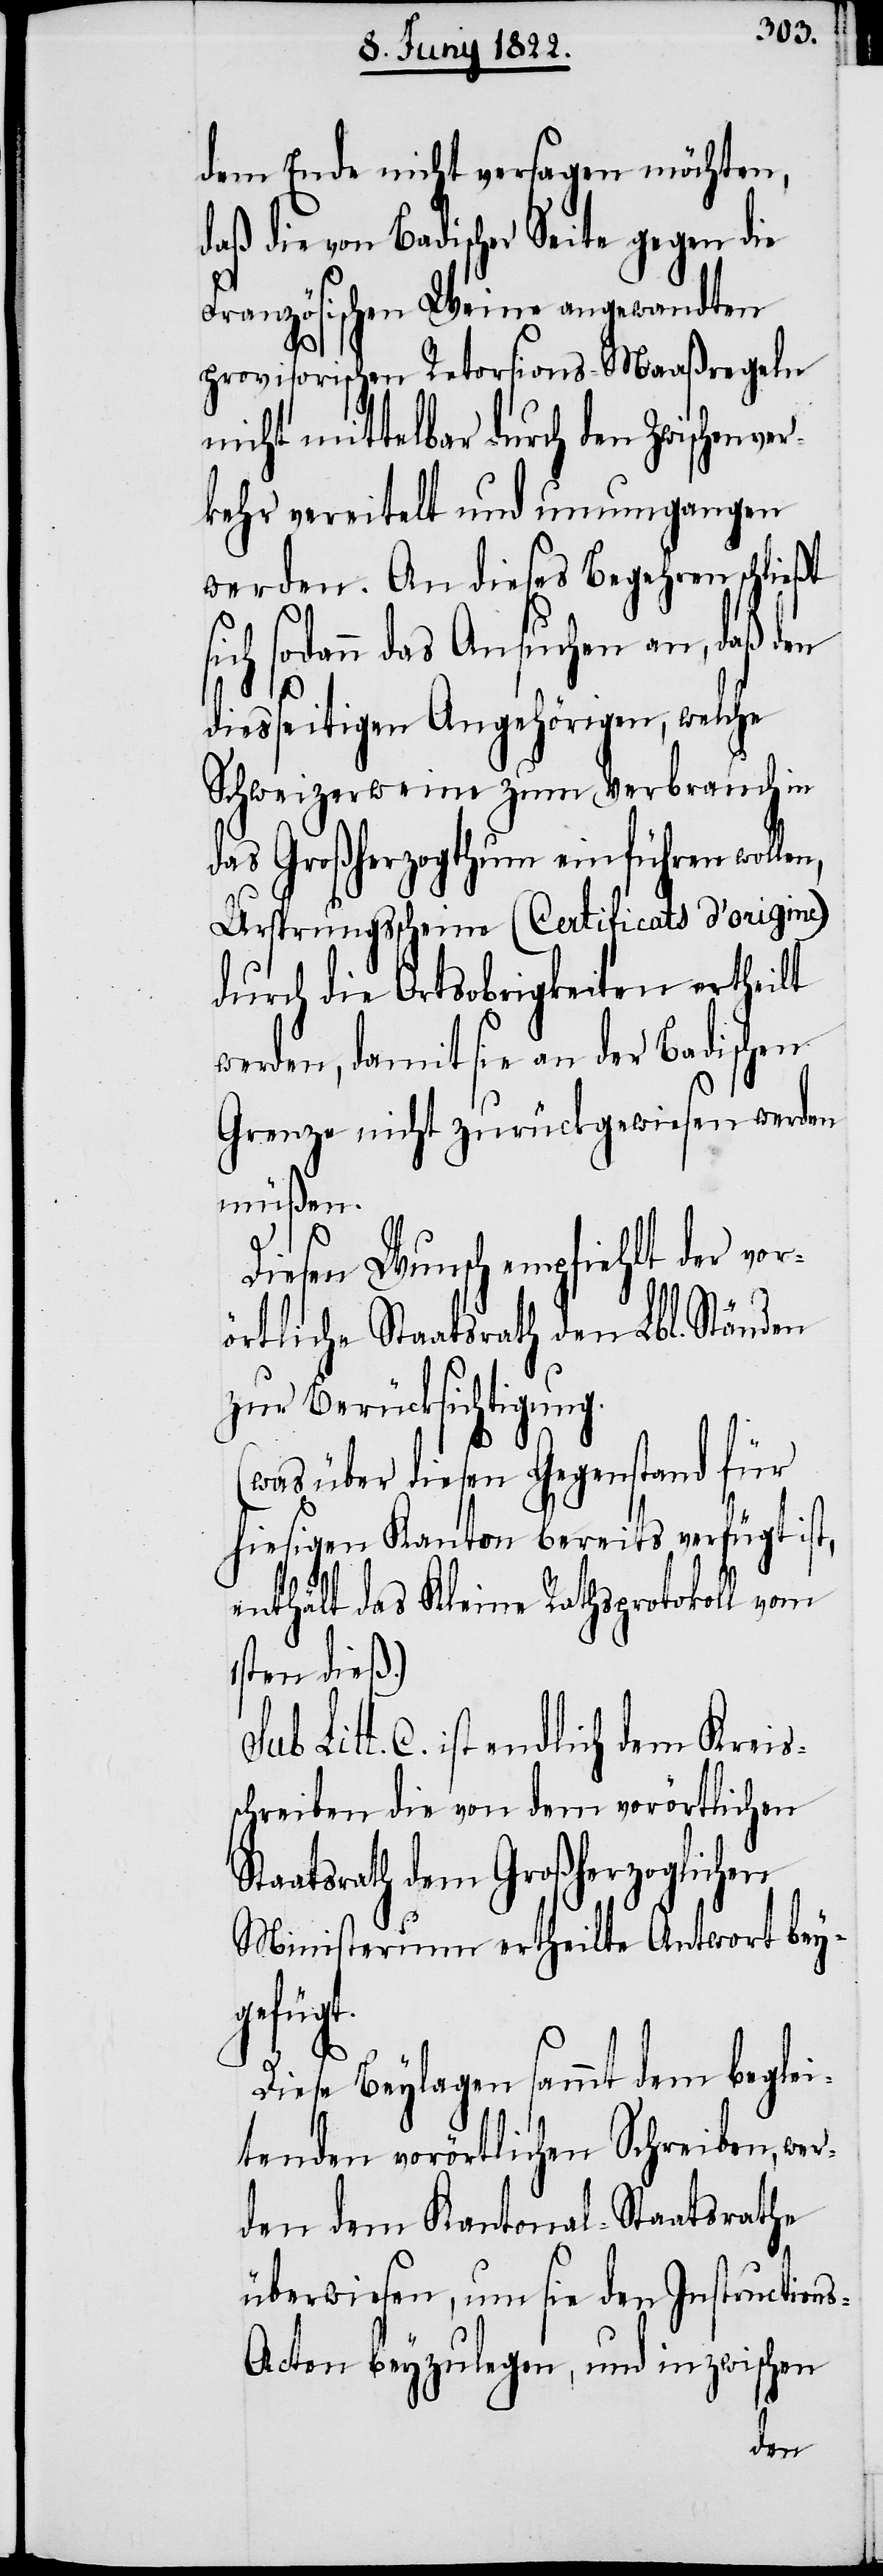
dem Ende nicht versagen möchten,
daß die von Badischer Seite gegen die
Französischen Weine angewandten
provisorischen Retorsions-Maaßregeln
nicht mittelbar durch den Zwischenve¬
rkehr vereitelt und unumgangen
werden. An dieses Begehren schließt
sich sodann das Ansuchen an, daß den
S¬
diesseitigen Angehörigen, welche
Schweizerweine zum Verbrauch in
das Großherzogthum einführen wollen,
Ursprungsscheine (Certificats d’origine)
durch die Ortsobrigkeiten ertheilt
werden, damit sie an der Badischen
Grenze nicht zurückgewiesen werden
müßen.
Diesen Wunsch empfiehlt der vor¬
örtliche Staatsrath den Lbl. Ständen
zur Berücksichtigung.
(was über diesen Gegenstand für
hiesigen Kanton bereits verfügt ist,
enthält das Kleine Rathsprotokoll vom
1sten dieß.)
C. ist endlich dem Kreis¬
schreiben die von dem vorörtlichen
taatsrath dem Großherzoglichen
Ministerium ertheilte Antwort bey¬
gefügt.
Diese Beylagen sammt den beglei¬
tenden vorörtlichen Schreiben, wer¬
den dem Kantonal-Staatsrathe
überwiesen, um sie den Instruction¬
s-Acten beyzulegen, und inzwischen